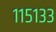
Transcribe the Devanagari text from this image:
११५१३३